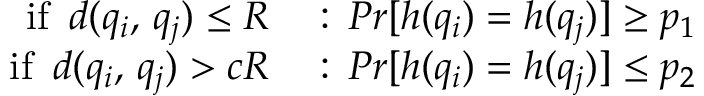
\begin{array} { r l } { \mathrm { i f } \, \, \, d ( q _ { i } , \, q _ { j } ) \leq R } & { { } : \, P r [ h ( q _ { i } ) = h ( q _ { j } ) ] \geq p _ { 1 } } \\ { \mathrm { i f } \, \, \, d ( q _ { i } , \, q _ { j } ) > c R } & { { } : \, P r [ h ( q _ { i } ) = h ( q _ { j } ) ] \leq p _ { 2 } } \end{array}